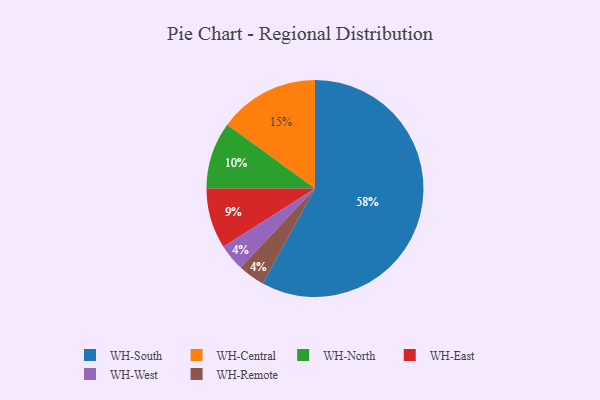
{"axis": {"x": "Category", "y": "Percentage"}, "legend": ["WH-Central", "WH-East", "WH-North", "WH-Remote", "WH-South", "WH-West"], "data": [{"x": "WH-West", "y": 4, "type": "WH-West"}, {"x": "WH-South", "y": 58, "type": "WH-South"}, {"x": "WH-Remote", "y": 4, "type": "WH-Remote"}, {"x": "WH-North", "y": 10, "type": "WH-North"}, {"x": "WH-East", "y": 9, "type": "WH-East"}, {"x": "WH-Central", "y": 15, "type": "WH-Central"}]}